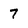
Character: 7